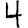
Digit: 4